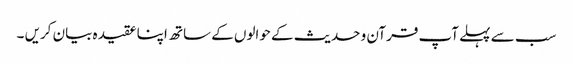
سب سے پہلے آپ قرآن و حدیث کے حوالوں کے ساتھ اپنا عقیدہ بیان کریں ۔